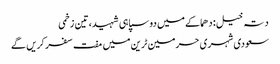
دتہ خیل: دھماکے میں دو سپاہی شہید، تین زخمی
سعودی شہری حرمین ٹرین میں مفت سفر کریں گے